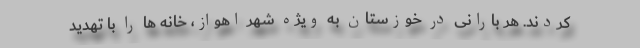
کردند. هر بارانی در خوزستان به ویژه شهر اهواز، خانه ها را با تهدید